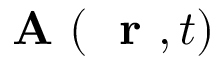
\mathrm { ~ \bf ~ A ~ } ( \mathrm { ~ \bf ~ r ~ } , t )